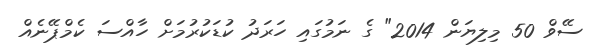
ސޭވް 50 މިލިޔަން 2014" ގެ ނަމުގައި ހަރަދު ކުޑަކުުރުމަށް ހާއްސަ ކެމްޕޭނެއް